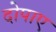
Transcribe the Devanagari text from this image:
दोपाए